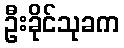
ဦးခိုင်သုခက